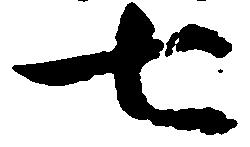
七